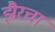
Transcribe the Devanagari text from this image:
झैरचा